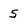
Character: 5